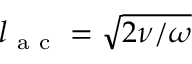
l _ { \mathrm { ~ a ~ c ~ } } = \sqrt { 2 \nu / \omega }